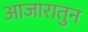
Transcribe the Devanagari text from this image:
आजारातुन